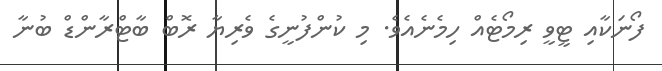
ފޯނަކާއި ޓީވީ ރިމޯޓެއް ހިމެނެއެވެ. މި ކުންފުނީގެ ވެރިޔާ ރޮބް ބާޓްރާންޑް ބުނާ